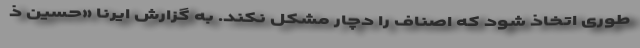
طوری اتخاذ شود که اصناف را دچار مشکل نکند. به گزارش ایرنا «حسین ذ